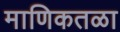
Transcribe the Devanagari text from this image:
माणिकतळा